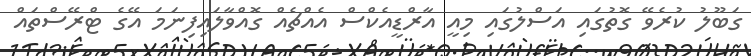
ގަބޫލު ކުރެވޭ ގޮތުގައި އަސްލުގައި މިއީ އާރްޑީއެކްސް އެއްޗެއް ގޮއްވާލައިފިނަމަ އޭގެ ޓްރޭސްތައް